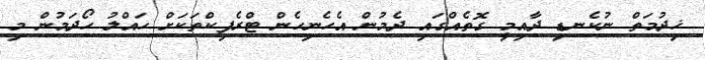
ޚިދުމަތް ނުކެނޑި ދާއިމީ ގޮތެއްގައި ދެމުން އެހެނިހެން ޓްރެފިކްތަކަށް ހައްލު ހޯދަމުން މި